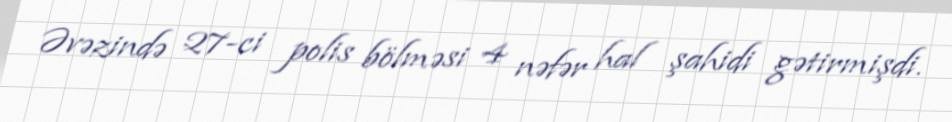
Əvəzində 27-ci polis bölməsi 4 nəfər hal şahidi gətirmişdi.